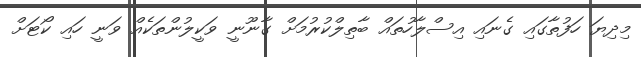
މިދިޔަ ހަފުތާގައި ގެނައި އިސްލާހުތައް ބާތިލްކުރުމަށް ގާނޫނީ ވަކީލުންތަކެއް ވަނީ ހައި ކޯޓަށް